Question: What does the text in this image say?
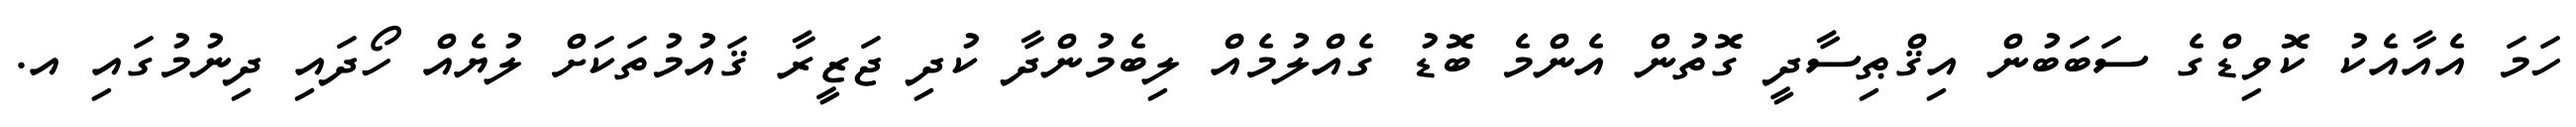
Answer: ހަމަ އެއާއެކު ކޮވިޑްގެ ސަބަބުން އިޤްޠިސާދީ ގޮތުން އެންމެ ބޮޑު ގެއްލުމެއް ލިބެމުންދާ ކުދި ޖަޒީރާ ޤައުމުތަކަށް ލުޔެއް ހޯދައި ދިނުމުގައި އ.